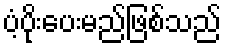
ပံ့ပိုးပေးမည်ဖြစ်သည်